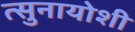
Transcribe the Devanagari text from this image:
त्सुनायोशी